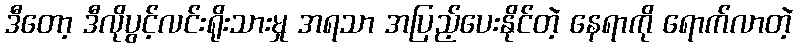
ဒီတော့ ဒီလိုပွင့်လင်းရိုးသားမှု အရသာ အပြည့်ပေးနိုင်တဲ့ နေရာကို ရောက်လာတဲ့